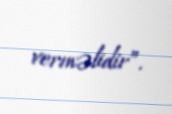
verməlidir”.